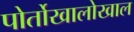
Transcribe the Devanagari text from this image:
पोर्तोखालोखाल